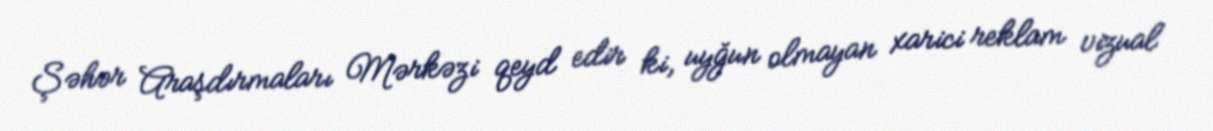
Şəhər Araşdırmaları Mərkəzi qeyd edir ki, uyğun olmayan xarici reklam vizual